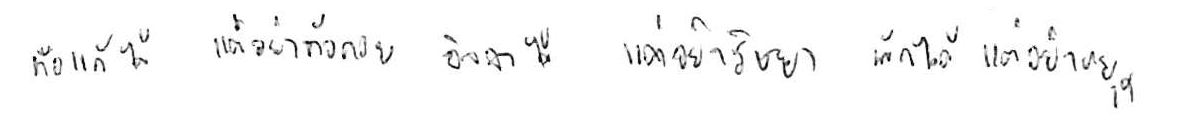
ท้อแท้ได้ แต่อย่าท้อถอย อิจฉาได้ แต่อย่าริษยา พักได้ แต่อย่าหยุด